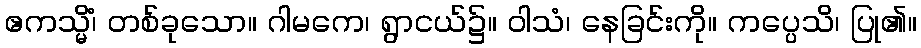
ဧကသ္မိံ၊ တစ်ခုသော။ ဂါမကေ၊ ရွာငယ်၌။ ဝါသံ၊ နေခြင်းကို။ ကပ္ပေသိ၊ ပြု၏။